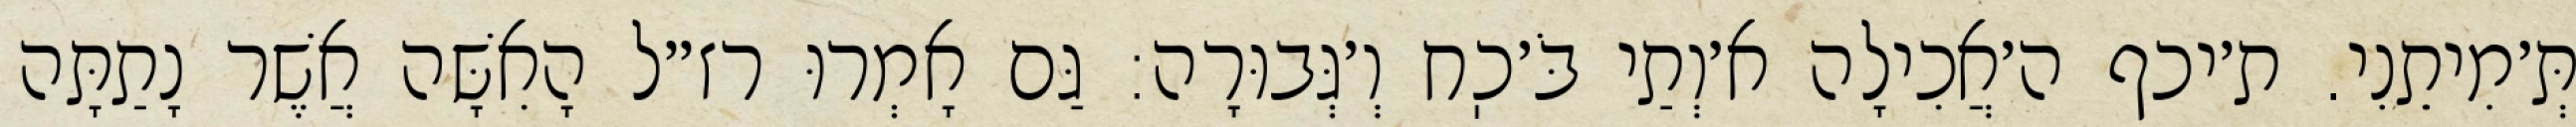
תְּ׳מִיתֵנִי. ת׳יכף ה׳אֲכִילָה א׳וְתַי בֹּ׳כֽח וְ׳גְּבוּרָה: גַּם אָמְרוּ רז״ל הָאִשָּׁה אֲשֶׁר נָתַתָּה